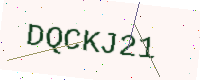
Text: DQCKJ21